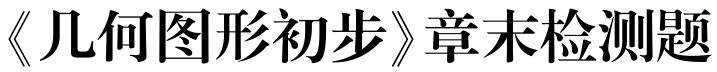
《几何图形初步》章末检测题